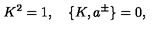
K ^ { 2 } = 1 , \quad \{ K , a ^ { \pm } \} = 0 ,